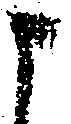
申